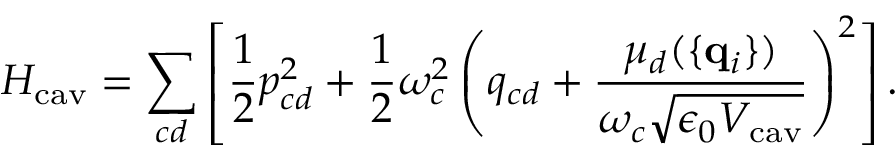
H _ { \mathrm { c a v } } = \sum _ { c d } \left[ { \frac { 1 } { 2 } } { p } _ { c d } ^ { 2 } + { \frac { 1 } { 2 } } \omega _ { c } ^ { 2 } \left( { q } _ { c d } + { \frac { \mu _ { d } ( \{ { \bf q } _ { i } \} ) } { \omega _ { c } \sqrt { \epsilon _ { 0 } V _ { \mathrm { c a v } } } } } \right) ^ { 2 } \right] .